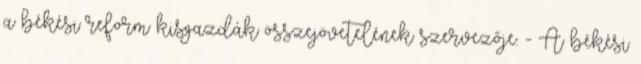
a békési reform kisgazdák összejövetelének szervezője. - A békési